Report of the Indian Hemp Drugs Commission, 1894-1895 - Volume VI
Year: 1894
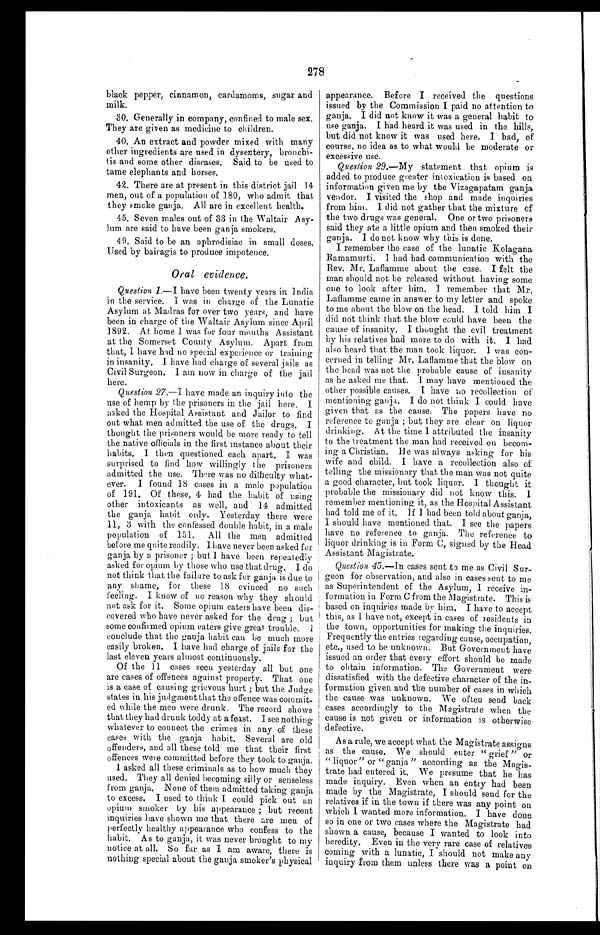
278
black pepper, cinnamon, cardamoms, sugar and
milk.
30. Generally in company, confined to male sex.
They are given as medicine to children.
40. An extract and powder mixed with many
other ingredients are used in dysentery, bronchi-
tis and some other diseases. Said to be used to
tame elephants and horses.
42. There are at present in this district jail 14
men, out of a population of 180, who admit that
they smoke ganja. All are in excellent health.
45. Seven males out of 33 in the Waltair Asy-
lum are said to have been ganja smokers.
49. Said to be an aphrodisiac in small doses.
Used by bairagis to produce impotence.
Oral evidence.
Question 1.—I have been twenty years in India
in the service. I was in charge of the Lunatic
Asylum at Madras for over two years, and have
been in charge of the Waltair Asylum since April
1892. At home I was for four months Assistant
at the Somerset County Asylum. Apart from
that, I have had no special experience or training
in insanity. I have had charge of several jails as
Civil Surgeon. I am now in charge of the jail
here.
Question 27.— I have made an inquiry into the
use of hemp by the prisoners in the jail here. I
asked the Hospital Assistant and Jailor to find
out what men admitted the use of the drugs. I
thought the prisoners would be more ready to tell
the native officials in the first instance about their
habits. I then questioned each apart. I was
surprised to find how willingly the prisoners
admitted the use. There was no difficulty what-
ever. I found 18 cases in a male population
of 191. Of these, 4 had the habit of using
other intoxicants as well, and 14 admitted
the ganja habit only. Yesterday there were
11, 3 with the confessed double habit, in a male
population of 151. All the men admitted
before me quite readily. I have never been asked for
ganja by a prisoner ; but I have been repeatedly
asked for opium by those who use that drug. I do
not think that the failure to ask for ganja is due to
an y shame, for these 18 evinced no such
feeling. I know of no reason why they should
not ask for it. Some opium eaters have been dis-
covered who have never asked for the drug ; but
some confirmed opium eaters give great trouble. 1
conclude that the ganja habit can be much more
easily broken. I have had charge of jails for the
last eleven years almost continuously.
Of the 11 cases seen yesterday all but one
are cases of offences against property. That one
is a case of causing grievous hurt ; but the Judge
states in his judgment that the offence was commit
- e d w h i l e t h e m e n w e r e d r u n k , T h e r e c o r d s h o w s
that they had drunk toddy at a feast. I see nothing
whatever to connect the crimes in any of these
eases with flue ganja habit. Several are old
offenders, and all these told me that their first
offences were committed before they took to ganja.
I asked all these criminals as to how much they
used. They all denied becoming silly or senseless
from ganja. None of them admitted taking ganja
to excess. I used to think I could pick out an
opium smoker by his appearance ; but recent
inquiries have shown me that there are men of
perfectly healthy appearance who confess to the
habit. As to ganja, it was never brought to my
notice at all. So far as I am aware, there is
nothing special about the gauja smoker's physical
appearance. Before I received the questions
issued by the Commission I paid no attention to
ganja. I did not know it was a general habit to
use ganja. I had heard it was used in the hills,
but did not know it was used here. I had, of
course, no idea as to what would be moderate or
excessive use.
Question 29. —My statement that opium is
added to produce greater intoxication is based on
information given me by the Vizagapatam ganja
vendor. I visited the shop and made inquiries
from him. I did not gather that the mixture of
the two drugs was general. One or two prisoners
said they ate a little opium and then smoked their
ganja. I do not know why this is done.
I remember the case of the lunatic Kolagana
Ramamurti. I had had communication with the
Rev, Mr. Laflamme about the case. I felt the
man should not be released without having some
one to look after him. I remember that Mr.
Laflamme came in answer to my letter and spoke
to me about the blow on the head. I told him I
did not think that the blow could have been the
cause of insanity. 1 thought the evil treatment
by his relatives had more to do with it. I had
also heard that the man took liquor. I was con
- c e r n e d i n t e l l i n g M r . L a f l a m m e t h a t t h e b l o w o n
the head was not the probable cause of insanity
as he asked me that. I may have mentioned the
other possible causes. I have no recollection a
mentioning ganja. I do not think I could have
given that as the cause. The papers have no
reference to ganja ; but they are clear on liquor
drinking. At the time I attributed the insanity
to the treatment the man had received on becom
-ing a Christian. He was always asking for his
wife and child. I have a recollection also of
telling the missionary that the man was not quite
a good character, but took liquor. I thought it
probable the missionary did not know this. I
remember mentioning it, as the Hospital Assistant
had told me of it. If I had been told about ganja,
I should have mentioned that, I see the papers
have no reference to ganja. The reference to
liquor drinking is in Form C, signed by the Head
Assistant Magistrate.
Question 45 .—In cases sent to me as Civil Sur
-geon for observation, and also in cases sent to me
as Superintendent of the Asylum, I receive in
- f o r m a t i o n i n F o r m C f r o m t h e M a g i s t r a t e . T h i s i s
based on inquiries made by him. I have to accept
this, as I have not, except in cases of residents in
the town, opportunities for making the inquiries.
Frequently the entries regarding cause, occupation,
etc., used to be unknown. But Government have
issued an order that every effort should be made
to obtain information. The Government were
dissatisfied with the defective character of the in-
formation given and the number of cases in which
the cause was unknown. We often send back
cases accordingly to the Magistrate when the
cause is not given or information is otherwise
defective.
As a rule, we accept what the Magistrate assigns
as the cause. We should enter "grief" or
"liquor" or "ganja" according as the Magis
- t r a t e h a d e n t e r e d i t . W e p r e s u m e t h a t h e h a s
made inquiry. Even when an entry had been
made by the Magistrate, I should send for the
relatives if in the town if there was any point on
which I wanted more information. I have done
so in one or two eases where the Magistrate had
shown a cause, because I wanted to look into
heredity. Even in the very rare case of relatives
coming with a lunatic, I should not make any
inquiry from them unless there was a point on